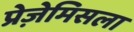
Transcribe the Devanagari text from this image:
प्रेज़ेमिसला